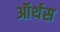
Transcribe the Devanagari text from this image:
ऑर्थस